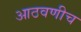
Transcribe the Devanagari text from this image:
आठवणीच